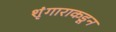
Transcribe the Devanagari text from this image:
शृंगाराकडून